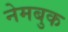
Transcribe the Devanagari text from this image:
नेमबुक